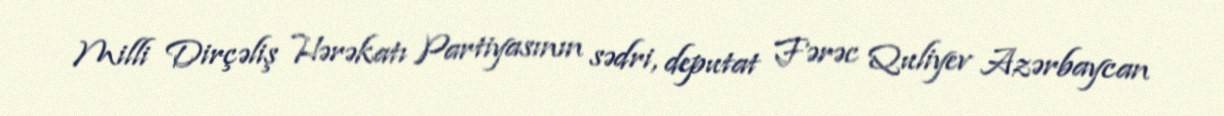
Milli Dirçəliş Hərəkatı Partiyasının sədri, deputat Fərəc Quliyev Azərbaycan